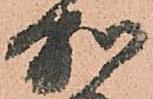
加